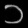
Digit: ၁